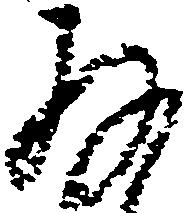
存